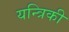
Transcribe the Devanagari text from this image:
यन्त्रिकी